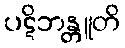
ပဋိဘန္တူတိ